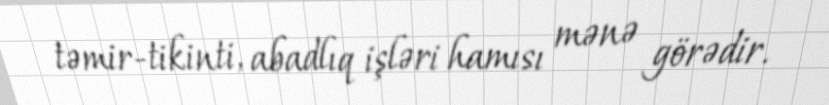
təmir-tikinti, abadlıq işləri hamısı mənə görədir.